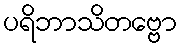
ပရိဘာသိတဗ္ဗော